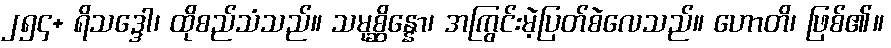
၂၅၄+ ရိသဒ္ဒေါ၊ ထိုစည်သံသည်။ သမုစ္ဆိန္နော၊ အကြွင်းမဲ့ပြတ်စဲလေသည်။ ဟောတိ၊ ဖြစ်၏။